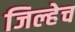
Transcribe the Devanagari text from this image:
जिल्हेच